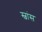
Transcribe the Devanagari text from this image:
स्वांस